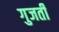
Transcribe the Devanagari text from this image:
गुजर्ती